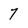
Character: 7